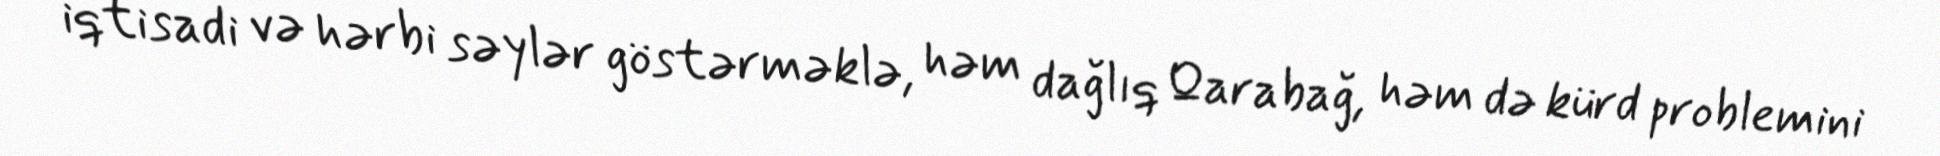
iqtisadi və hərbi səylər göstərməklə, həm dağlıq Qarabağ, həm də kürd problemini